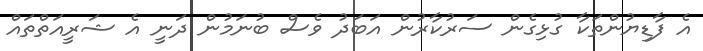
އެ ފާޑިޔުންތަކާ ގުޅިގެން ސަރުކާރުން އަބަދު ވެސް ބުނަމުން ދަނީ އެ ޝަރީއަތްތައް